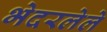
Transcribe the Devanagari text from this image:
भेदरलेले